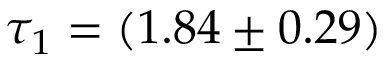
\tau _ { 1 } = ( 1 . 8 4 \pm 0 . 2 9 )